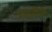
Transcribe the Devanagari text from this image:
एरगोनॉमिक्स